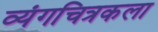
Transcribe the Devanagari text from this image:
व्यंगचित्रकला